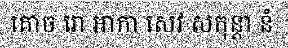
គោច រោ ឣាកា សេវ សកុន្តា នំ